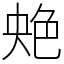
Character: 䒋